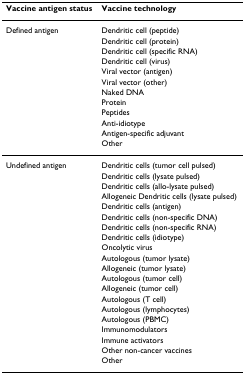
<table><thead><tr><td><b>Vaccine antigen status</b></td><td><b>Vaccine technology</b></td></tr></thead><tbody><tr><td>Defined antigen</td><td>Dendritic cell (peptide)</td></tr><tr><td></td><td>Dendritic cell (protein)</td></tr><tr><td></td><td>Dendritic cell (specific RNA)</td></tr><tr><td></td><td>Dendritic cell (virus)</td></tr><tr><td></td><td>Viral vector (antigen)</td></tr><tr><td></td><td>Viral vector (other)</td></tr><tr><td></td><td>Naked DNA</td></tr><tr><td></td><td>Protein</td></tr><tr><td></td><td>Peptides</td></tr><tr><td></td><td>Anti-idiotype</td></tr><tr><td></td><td>Antigen-specific adjuvant</td></tr><tr><td></td><td>Other</td></tr><tr><td>Undefined antigen</td><td>Dendritic cells (tumor cell pulsed)</td></tr><tr><td></td><td>Dendritic cells (lysate pulsed)</td></tr><tr><td></td><td>Dendritic cells (allo-lysate pulsed)</td></tr><tr><td></td><td>Allogeneic Dendritic cells (lysate pulsed)</td></tr><tr><td></td><td>Dendritic cells (antigen)</td></tr><tr><td></td><td>Dendritic cells (non-specific DNA)</td></tr><tr><td></td><td>Dendritic cells (non-specific RNA)</td></tr><tr><td></td><td>Dendritic cells (idiotype)</td></tr><tr><td></td><td>Oncolytic virus</td></tr><tr><td></td><td>Autologous (tumor lysate)</td></tr><tr><td></td><td>Allogeneic (tumor lysate)</td></tr><tr><td></td><td>Autologous (tumor cell)</td></tr><tr><td></td><td>Allogeneic (tumor cell)</td></tr><tr><td></td><td>Autologous (T cell)</td></tr><tr><td></td><td>Autologous (lymphocytes)</td></tr><tr><td></td><td>Autologous (PBMC)</td></tr><tr><td></td><td>Immunomodulators</td></tr><tr><td></td><td>Immune activators</td></tr><tr><td></td><td>Other non-cancer vaccines</td></tr><tr><td></td><td>Other</td></tr></tbody></table>